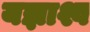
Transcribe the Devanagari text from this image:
यज्ञाश्व